Civil Veterinary Department. Madras. Admin. report 1926-33 - 1926-1933
Year: 1926
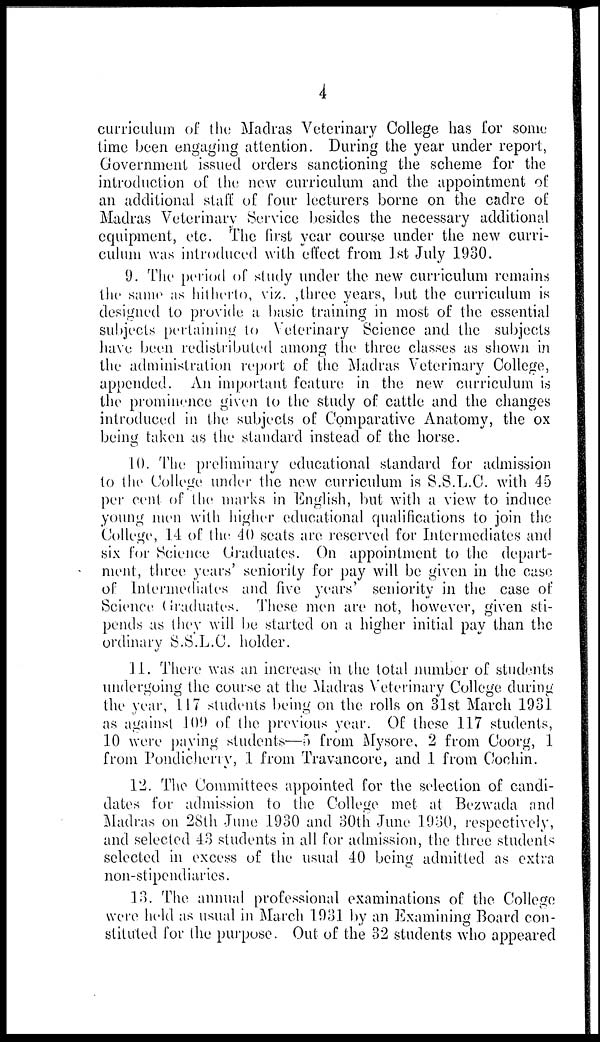
4
curriculum of the Madras Veterinary College has for some
time been engaging attention. During the year under report,
Government issued orders sanctioning the scheme for the
introduction of the new curriculum and the appointment of
an additional staff of four lecturers borne on the cadre of
Madras Veterinary Service besides the necessary additional
equipment, etc. The first year course under the new curri-
culum was introduced with effect from 1st July 1930.
9. The period of study under the new curriculum remains
the same as hitherto, viz., three years, but the curriculum is
designed to provide a basic training in most of the essential
subjects pertaining to Veterinary Science and the subjects
have been redistributed among the three classes as shown in
the administration report of the Madras Veterinary College,
appended. An important feature in the new curriculum is
the prominence given to the study of cattle and the changes
introduced in the subjects of Comparative Anatomy, the ox
being taken as the standard instead of the horse.
10. The preliminary educational standard for admission
to the College under the new curriculum is S.S.L.C. with 45
per cent of the marks in English, but with a view to induce
young men with higher educational qualifications to join the
College, 14 of the 40 seats are reserved for Intermediates and
six for Science Graduates. On appointment to the depart-
ment, three years' seniority for pay will be given in the case
of Intermediates and five years' seniority in the case of
Science Graduates. These men are not, however, given sti-
pends as they will be started on a higher initial pay than the
ordinary S.S.L.C. holder.
11. There was an increase in the total number of students
undergoing the course at the Madras Veterinary College during
the year, 117 students being on the rolls on 31st March 1931
as against 109 of the previous year. Of these 117 students,
10 were paying students—5 from Mysore, 2 from Coorg, 1
from Pondicherry, 1 from Travancore, and 1 from Cochin.
12. The Committees appointed for the selection of candi-
dates for admission to the College met at Bezwada and
Madras on 28th June 1930 and 30th June 1930, respectively,
and selected 43 students in all for admission, the three students
selected in excess of the usual 40 being admitted as extra
non-stipendiaries.
13. The annual professional examinations of the College
were held as usual in March 1931 by an Examining Board con-
stituted for the purpose. Out of the 32 students who appeared